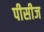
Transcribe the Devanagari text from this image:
पीसीज